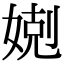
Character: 𡞢